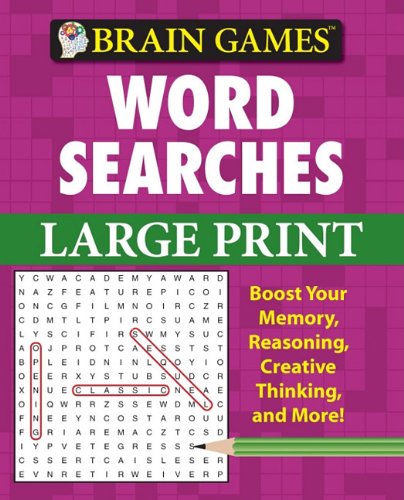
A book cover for Brain Games Word Searches Large Print (Brain Games (Unnumbered)); Editors of Publications International; Humor & Entertainment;